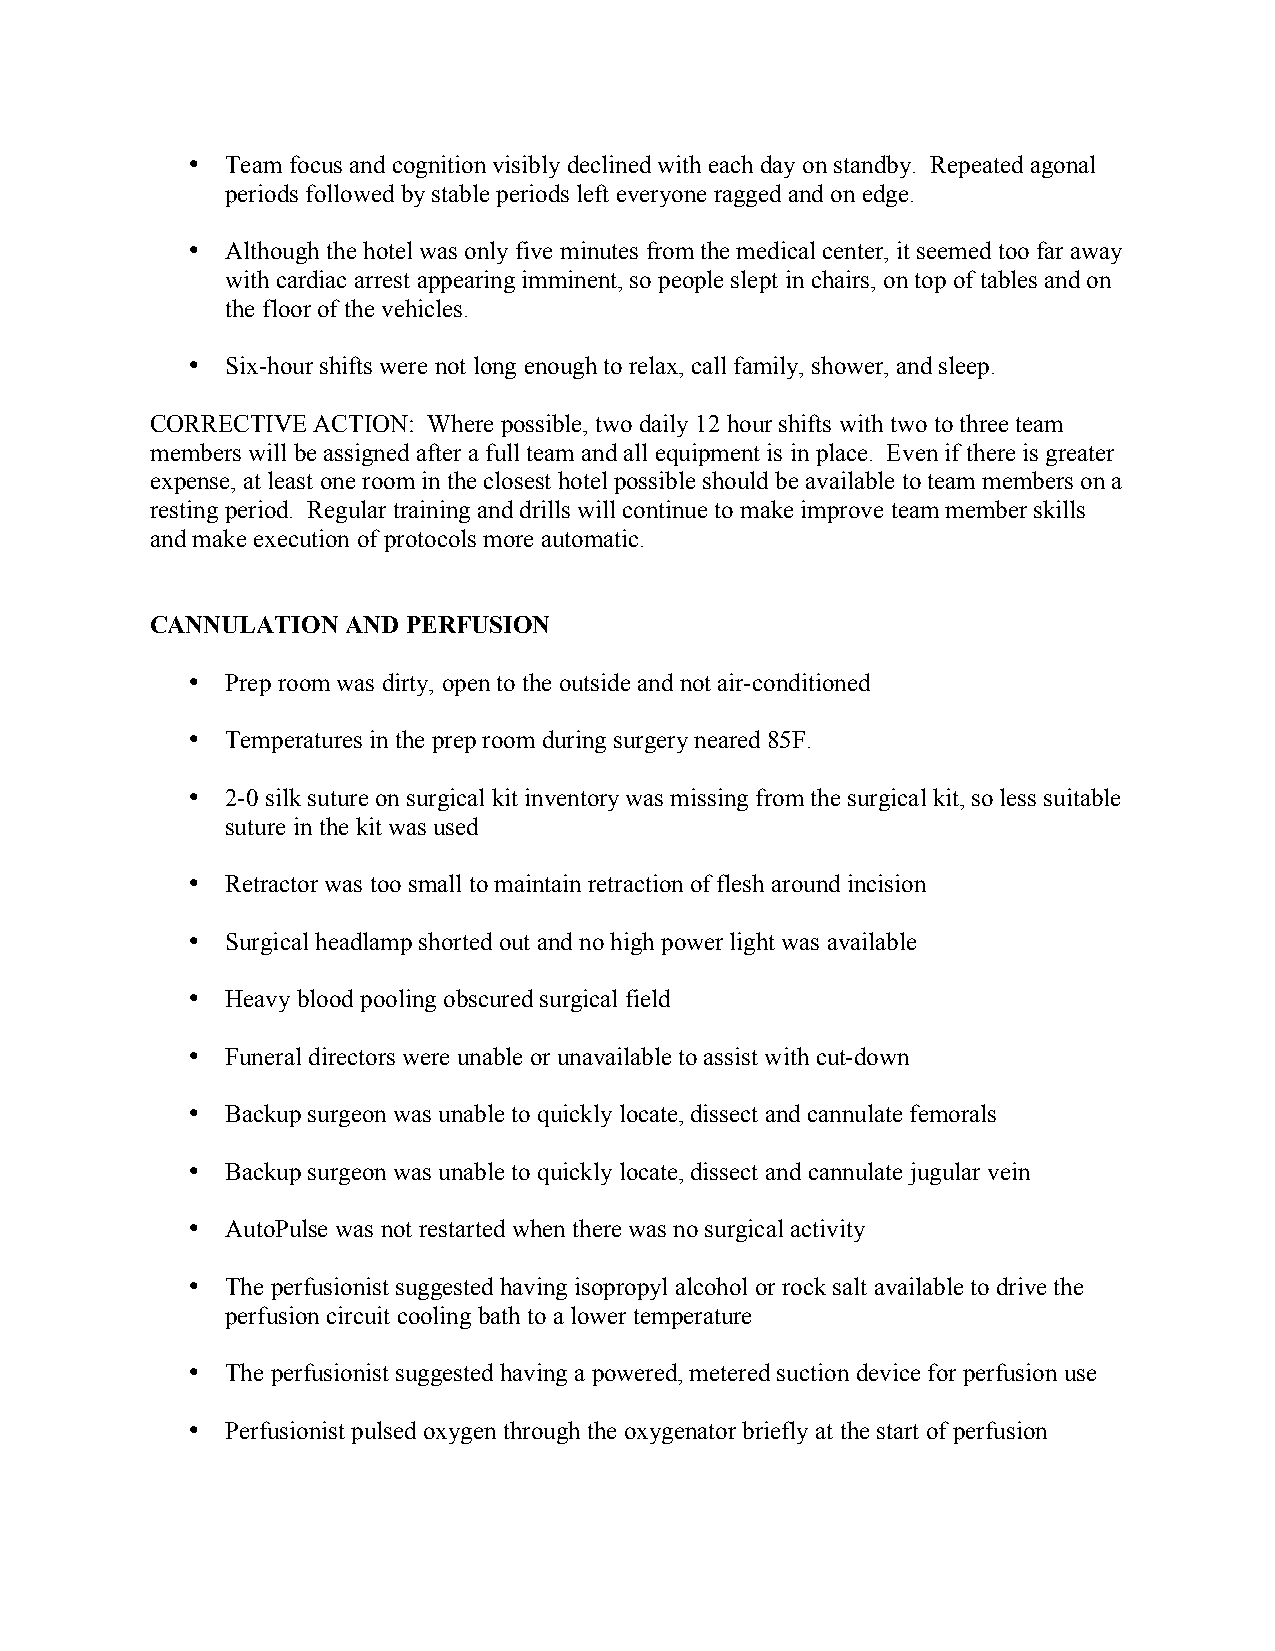
•  Team focus and cognition visibly declined with each day on standby. Repeated agonal
 periods followed by stable periods left everyone ragged and on edge.
 •  Although the hotel was only five minutes from the medical center, it seemed too far away
 with cardiac arrest appearing imminent, so people slept in chairs, on top of tables and on
 the floor of the vehicles.
 •  Six-hour shifts were not long enough to relax, call family, shower, and sleep.
 CORRECTIVE ACTION: Where possible, two daily 12 hour shifts with two to three team
 members will be assigned after a full team and all equipment is in place. Even if there is greater
 expense, at least one room in the closest hotel possible should be available to team members on a
 resting period. Regular training and drills will continue to make improve team member skills
 and make execution of protocols more automatic.
 CANNULATION  AND PERFUSION
 •  Prep room was dirty, open to the outside and not air-conditioned
 •  Temperatures in the prep room during surgery neared 85F.
 •  2-0 silk suture on surgical kit inventory was missing from the surgical kit, so less suitable
 suture in the kit was used
 •  Retractor was too small to maintain retraction of flesh around incision
 •  Surgical headlamp shorted out and no high power light was available
 •  Heavy blood pooling obscured surgical field
 •  Funeral directors were unable or unavailable to assist with cut-down
 •  Backup surgeon was unable to quickly locate, dissect and cannulate femorals
 •  Backup surgeon was unable to quickly locate, dissect and cannulate jugular vein
 •  AutoPulse was not restarted when there was no surgical activity
 •  The perfusionist suggested having isopropyl alcohol or rock salt available to drive the
 perfusion circuit cooling bath to a lower temperature
 •  The perfusionist suggested having a powered, metered suction device for perfusion use
 •  Perfusionist pulsed oxygen through the oxygenator briefly at the start of perfusion